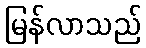
မြန်လာသည်